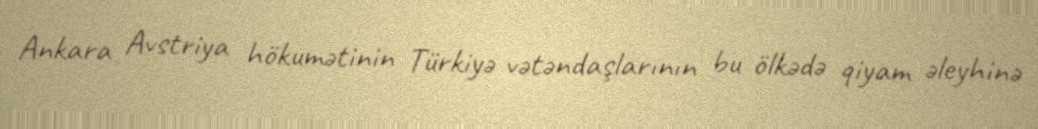
Ankara Avstriya hökumətinin Türkiyə vətəndaşlarının bu ölkədə qiyam əleyhinə